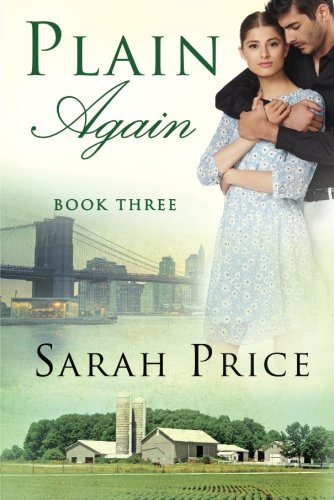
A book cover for Plain Again (The Plain Fame Series); Sarah Price; Romance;